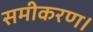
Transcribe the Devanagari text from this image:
समीकरण।